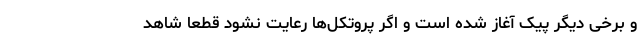
و برخی دیگر پیک آغاز شده است و اگر پروتکل‌ها رعایت نشود قطعا شاهد